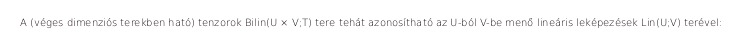
A (véges dimenziós terekben ható) tenzorok Bilin(U × V;T) tere tehát azonosítható az U-ból V-be menő lineáris leképezések Lin(U;V) terével: